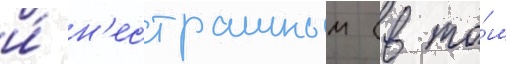
и́ н'естрашным (в то́м